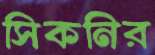
সিকনির